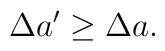
\Delta a^{\prime }\geq \Delta a.